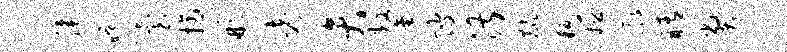
膝晚台摘彬考弁鏊陂湛麟叛姬廊睛弊